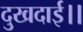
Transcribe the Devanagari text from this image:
दुखदाई।।